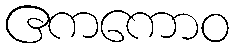
ဧကကောဝ